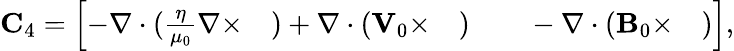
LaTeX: \begin{array}{r}{\mathbf{C}_{4}=\left[-\nabla\cdot(\frac{\eta}{\mu_{0}}\nabla\times\quad)+\nabla\cdot({\mathbf V}_{0}\times\quad)\qquad-\nabla\cdot({\mathbf B}_{0}\times\quad)\right],}\end{array}